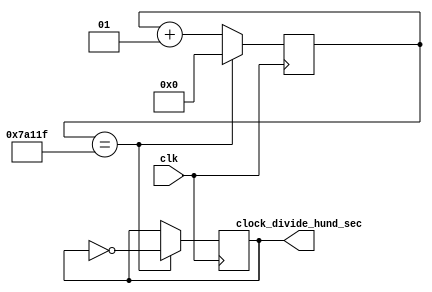
`timescale 1ns / 1ps
//////////////////////////////////////////////////////////////////////////////////
// Company: 
// Engineer: 
// 
// Design Name: 
// Module Name: hundreth_seconds_clk
// Project Name: 
// Target Devices: 
// Tool Versions: 
// Description: 
// 
// Dependencies: 
// 
// Revision:
// Revision 0.01 - File Created
// Additional Comments:
// 
//////////////////////////////////////////////////////////////////////////////////


module hundreth_seconds_cll(
    input wire clk,  // 100MHz
    output  clock_divide_hund_sec // .01Hz
);
//49999999; is 1 second
//499999; is a hundreth second
localparam div_val = 499999; 
integer counter = 0;
reg hold=0;
assign clock_divide_hund_sec =hold;
always @ (posedge clk)
    begin
        if (counter == div_val) begin
            counter = 0; //resets counter
            hold= !hold;
         end
        else begin
            counter = counter + 1; //iterates clock
        end    
    end     
endmodule